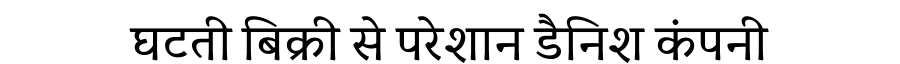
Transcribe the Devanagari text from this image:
घटती बिक्री से परेशान डैनिश कंपनी